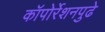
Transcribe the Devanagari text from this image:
कॉपोर्रेशनपुढे